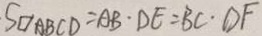
S _ { \square A B C D } = A B \cdot D E = B C \cdot D F